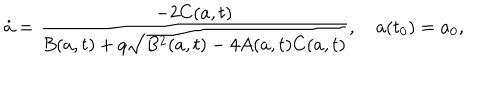
LaTeX: \dot { a } = \frac { - 2 C ( a , t ) } { B ( a , t ) + q \sqrt { B ^ { 2 } ( a , t ) - 4 A ( a , t ) C ( a , t ) } } , \quad a ( t _ { 0 } ) = a _ { 0 } ,